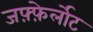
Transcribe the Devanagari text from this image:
जफ़्फ़ेर्लोट